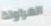
الفراولة